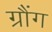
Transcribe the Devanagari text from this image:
ग्रौंग